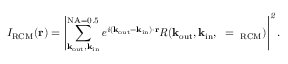
I _ { \mathrm { R C M } } ( \bf { r } ) \it = \left| \sum _ { \bf k _ { \mathrm { o u t } } , \bf k _ { \mathrm { i n } } } ^ { \mathrm { N A = 0 . 5 } } e ^ { i ( { \bf k } _ { \mathrm { o u t } } - { \bf k } _ { \mathrm { i n } } ) \cdot { \bf r } } R ( \bf k _ { \mathrm { o u t } } , \bf k _ { \mathrm { i n } } , \omega = \omega _ { \mathrm { R C M } } ) \right| ^ { 2 } .